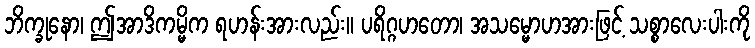
ဘိက္ခုနော၊ ဤအာဒိကမ္မိက ရဟန်းအားလည်း။ ပရိဂ္ဂဟတော၊ အသမ္မောဟအားဖြင့် သစ္စာလေးပါးကို